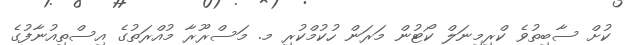
ކުށް ސާބިތުވެ ކްރިމިނަލް ކޯޓުން މަރަން ހުކުމްކުރި މ. މަސްރޫރާ މުއްރަތުގެ އިސްތިއުނާފުގެ